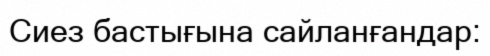
Сиез бастығына сайланғандар: